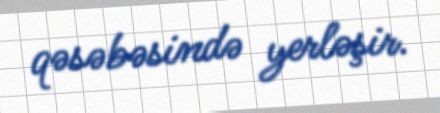
qəsəbəsində yerləşir.